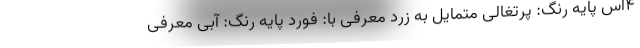
4اس پایه رنگ: پرتغالی متمایل به زرد معرفی با: فورد پایه رنگ: آبی معرفی